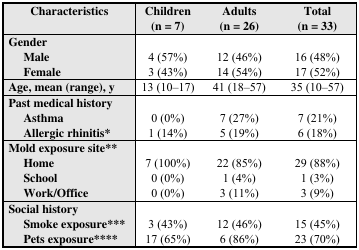
<table><thead><tr><td><b>Characteristics</b></td><td><b>Children (n = 7)</b></td><td><b>Adults (n = 26)</b></td><td><b>Total (n = 33)</b></td></tr></thead><tbody><tr><td><b>Gender</b></td><td></td><td></td><td></td></tr><tr><td><b>Male</b></td><td>4 (57%)</td><td>12 (46%)</td><td>16 (48%)</td></tr><tr><td><b>Female</b></td><td>3 (43%)</td><td>14 (54%)</td><td>17 (52%)</td></tr><tr><td><b>Age, mean (range), y</b></td><td>13 (10–17)</td><td>41 (18–57)</td><td>35 (10–57)</td></tr><tr><td><b>Past medical history</b></td><td></td><td></td><td></td></tr><tr><td><b>Asthma</b></td><td>0 (0%)</td><td>7 (27%)</td><td>7 (21%)</td></tr><tr><td><b>Allergic rhinitis*</b></td><td>1 (14%)</td><td>5 (19%)</td><td>6 (18%)</td></tr><tr><td><b>Mold exposure site**</b></td><td></td><td></td><td></td></tr><tr><td><b>Home</b></td><td>7 (100%)</td><td>22 (85%)</td><td>29 (88%)</td></tr><tr><td><b>School</b></td><td>0 (0%)</td><td>1 (4%)</td><td>1 (3%)</td></tr><tr><td><b>Work/Office</b></td><td>0 (0%)</td><td>3 (11%)</td><td>3 (9%)</td></tr><tr><td><b>Social history</b></td><td></td><td></td><td></td></tr><tr><td><b>Smoke exposure***</b></td><td>3 (43%)</td><td>12 (46%)</td><td>15 (45%)</td></tr><tr><td><b>Pets exposure****</b></td><td>17 (65%)</td><td>6 (86%)</td><td>23 (70%)</td></tr></tbody></table>